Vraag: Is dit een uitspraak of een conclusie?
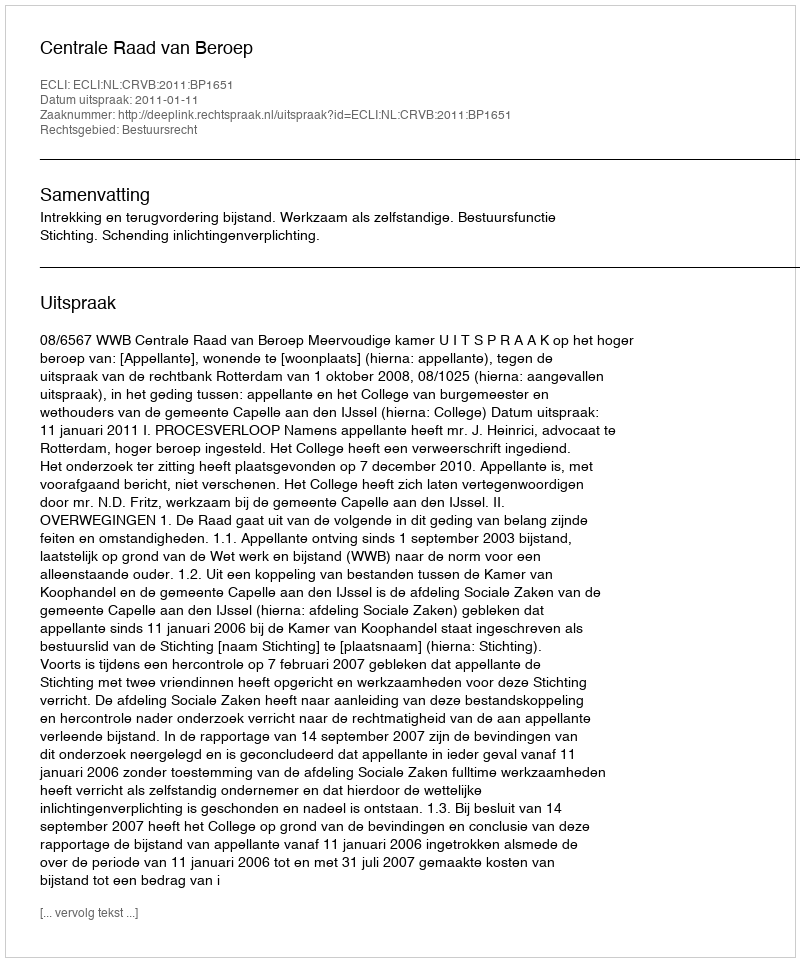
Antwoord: Uitspraak